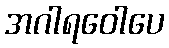
အဂါရဝေါပေ